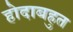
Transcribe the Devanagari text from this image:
होदाबहुत